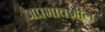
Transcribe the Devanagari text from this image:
अप्रभावशील